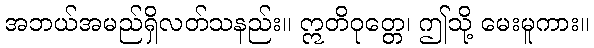
အဘယ်အမည်ရှိလတ်သနည်း။ ဣတိဝုတ္တေ၊ ဤသို့ မေးမူကား။